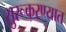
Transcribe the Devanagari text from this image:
सुरूकरण्यात